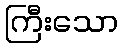
ကြီးသော